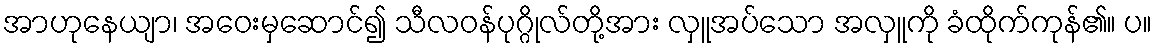
အာဟုနေယျာ၊ အဝေးမှဆောင်၍ သီလဝန်ပုဂ္ဂိုလ်တို့အား လှူအပ်သော အလှူကို ခံထိုက်ကုန်၏။ ပ။